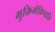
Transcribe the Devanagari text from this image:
मुक्तिर्भविष्यति